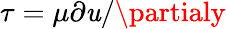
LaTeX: \tau=\mu\partial\mathit{u}/\partialy